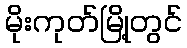
မိုးကုတ်မြို့တွင်